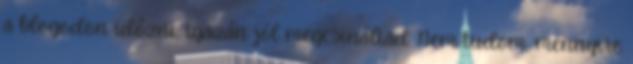
a blogodon időzni, igazán jól megcsináltad. Nem tudom, mennyire